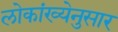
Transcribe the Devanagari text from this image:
लोकांख्येनुसार